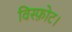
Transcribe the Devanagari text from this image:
विस्फ़ोट।